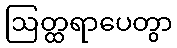
ဩတ္ထရာပေတွာ